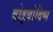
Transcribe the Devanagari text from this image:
वोइवोदिष्प